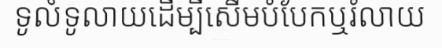
ទូលំទូលាយដើម្បីសើមបំបែកឬរំលាយ